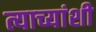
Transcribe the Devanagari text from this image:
त्याच्यांशी